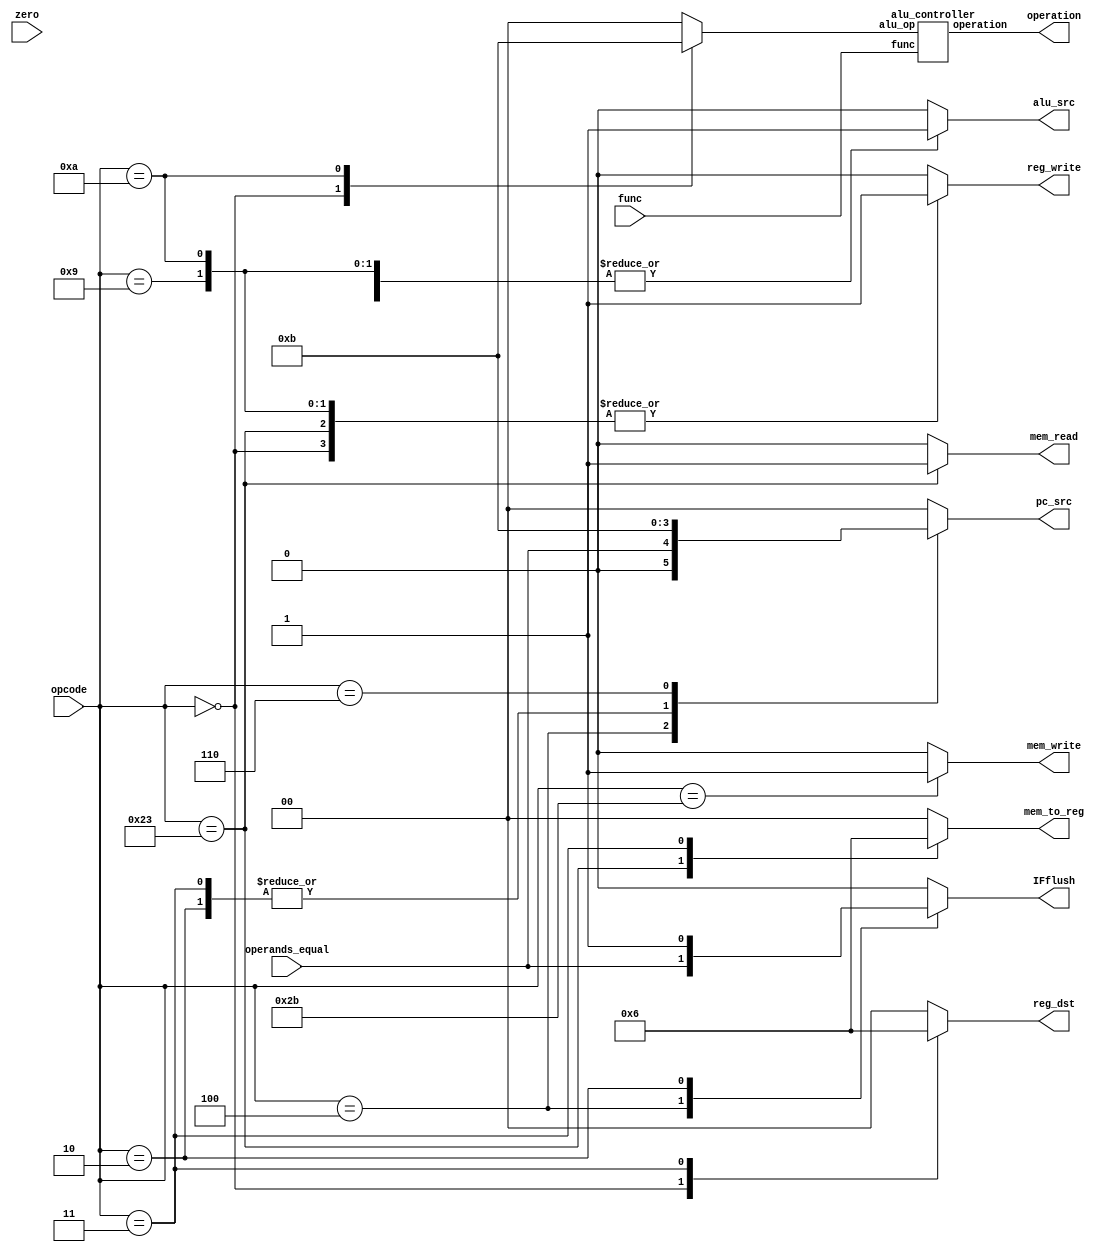

`timescale 1ns/1ns

module controller (opcode, func, zero, reg_dst, mem_to_reg, reg_write, alu_src,
		   mem_read, mem_write, pc_src, operation, IFflush, operands_equal);
    
    input [5:0] opcode, func;
    output reg reg_write, alu_src, mem_read, mem_write, IFflush;
    output reg [1:0] mem_to_reg, pc_src, reg_dst;
    output [2:0] operation;
    input operands_equal, zero;

    
    reg [1:0] alu_op;
    reg branch;
    
    
    always @(opcode)
    begin
        {reg_dst, mem_to_reg, reg_write, alu_src, mem_read, mem_write, pc_src, alu_op,
	 IFflush} = {2'b00, 2'b00, 1'b0, 1'b0, 1'b0, 1'b0, 2'b00, 2'b00, 1'b0};
        case (opcode)
            6'b000000 : {reg_dst, reg_write, alu_op} = {2'b01, 1'b1, 2'b10};
            6'b100011 : {alu_src, mem_to_reg, reg_write, mem_read} = {1'b1, 2'b01, 1'b1, 1'b1};
            6'b101011 : {alu_src, mem_write} = 2'b11;
	    6'b000100 : {pc_src, IFflush} = {1'b0, operands_equal, operands_equal};
            6'b001001: {reg_write, alu_src} = 2'b11;
            6'b000010: {pc_src, IFflush} = {2'b10, 1'b1};
            6'b000011: {reg_dst, mem_to_reg, pc_src} = {2'b10, 2'b10, 2'b10};
            6'b000110: {pc_src} = {2'b11};
            6'b001010: {alu_src, reg_dst, reg_write, alu_op, mem_to_reg} = {1'b1, 2'b00, 1'b1, 2'b11, 2'b00}; 
        endcase
    end
    

    alu_controller ALU_CTRL(alu_op, func, operation);
    
endmodule

module alu_controller (alu_op,
                       func,
                       operation);
    input [1:0] alu_op;
    input [5:0] func;
    output [2:0] operation;
    reg [2:0] operation;
    
    always @(alu_op, func) begin
        operation = 3'b000;
        if (alu_op == 2'b00)        
            operation = 3'b010;
        else if (alu_op == 2'b01)   
            operation = 3'b110;
        else if (alu_op == 2'b11)
            operation = 3'b111; 
        else
        begin
            case (func)
                6'b100000: operation = 3'b010;  
                6'b100011: operation = 3'b110; 
                6'b100100: operation = 3'b000;  
                6'b100101: operation = 3'b001;  
                6'b101010: operation = 3'b111;  
                default:   operation = 3'b000;
            endcase
        end
    end
    
endmodule